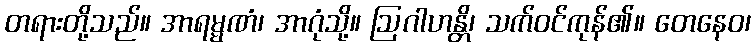
တရားတို့သည်။ အာရမ္မဏံ၊ အာဂုံသို့။ ဩဂါဟန္တိ၊ သက်ဝင်ကုန်၏။ တေနေဝ၊